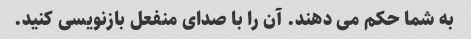
به شما حکم می دهند. آن را با صدای منفعل بازنویسی کنید.